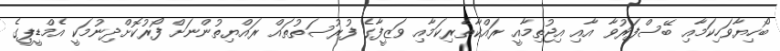
ބޯހިޔާވަހިކަމާއި ބޭސްފަރުވާ އާއި އިޖުތިމާއީ ރައްކާތެރިކަމާއި ވަޒީފާގެ ފުރުސަތުތައް ރައްޔިތުންނަށް ފޯރުކޮށްދިނުމަކީ އެމްޑީޕީގެ